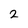
Character: 2